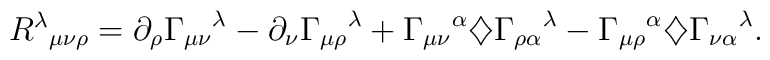
{R^\lambda}_{\mu\nu\rho}=\partial_\rho{\Gamma_{\mu\nu}}^\lambda-\partial_\nu{\Gamma_{\mu\rho}}^\lambda+{\Gamma_{\mu\nu}}^\alpha\diamondsuit{\Gamma_{\rho\alpha}}^\lambda-{\Gamma_{\mu\rho}}^\alpha\diamondsuit{\Gamma_{\nu\alpha}}^\lambda.